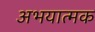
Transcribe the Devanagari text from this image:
अभयात्मक